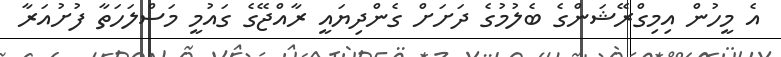
އެ މީހުން އިމިގްރޭޝަންގެ ބެލުމުގެ ދަށަށް ގެންދިޔައީ ރާއްޖޭގެ ގައުމީ މަސްލަހަތާ ފުށުއަރާ